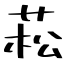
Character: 菘